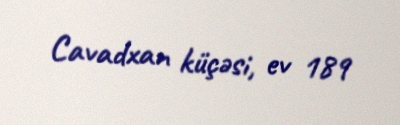
Cavadxan küçəsi, ev 189